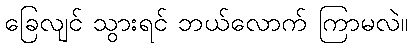
ခြေလျင် သွားရင် ဘယ်လောက် ကြာမလဲ။